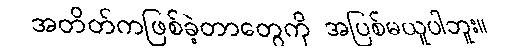
အတိတ်ကဖြစ်ခဲ့တာတွေကို အပြစ်မယူပါဘူး။